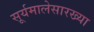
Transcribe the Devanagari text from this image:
सूर्यमालेसारख्या